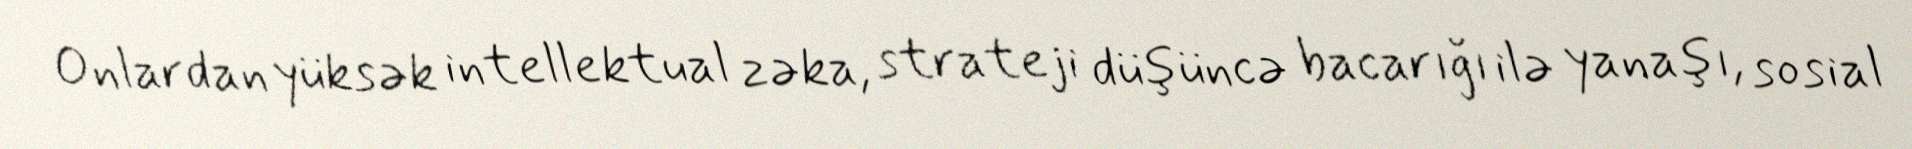
Onlardan yüksək intellektual zəka, strateji düşüncə bacarığı ilə yanaşı, sosial